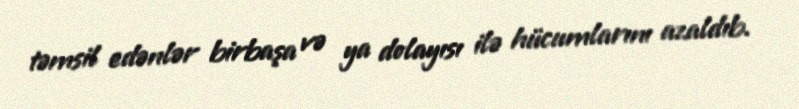
təmsil edənlər birbaşa və ya dolayısı ilə hücumlarını azaldıb.